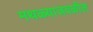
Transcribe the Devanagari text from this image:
मथळ्याजवळील